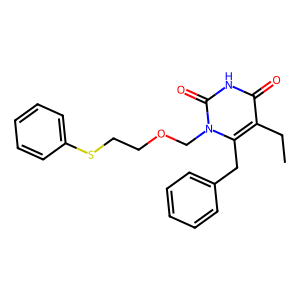
SMILES: CCc1c(Cc2ccccc2)n(COCCSc2ccccc2)c(=O)[nH]c1=O
Inhibits HIV replication: Yes